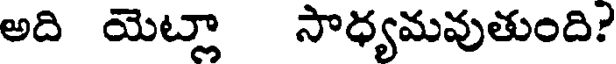
అది యెట్లా సాధ్యమవుతుంది?